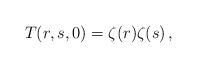
LaTeX: \begin{align*}T(r,s,0)=\zeta(r)\zeta(s)\,,\end{align*}